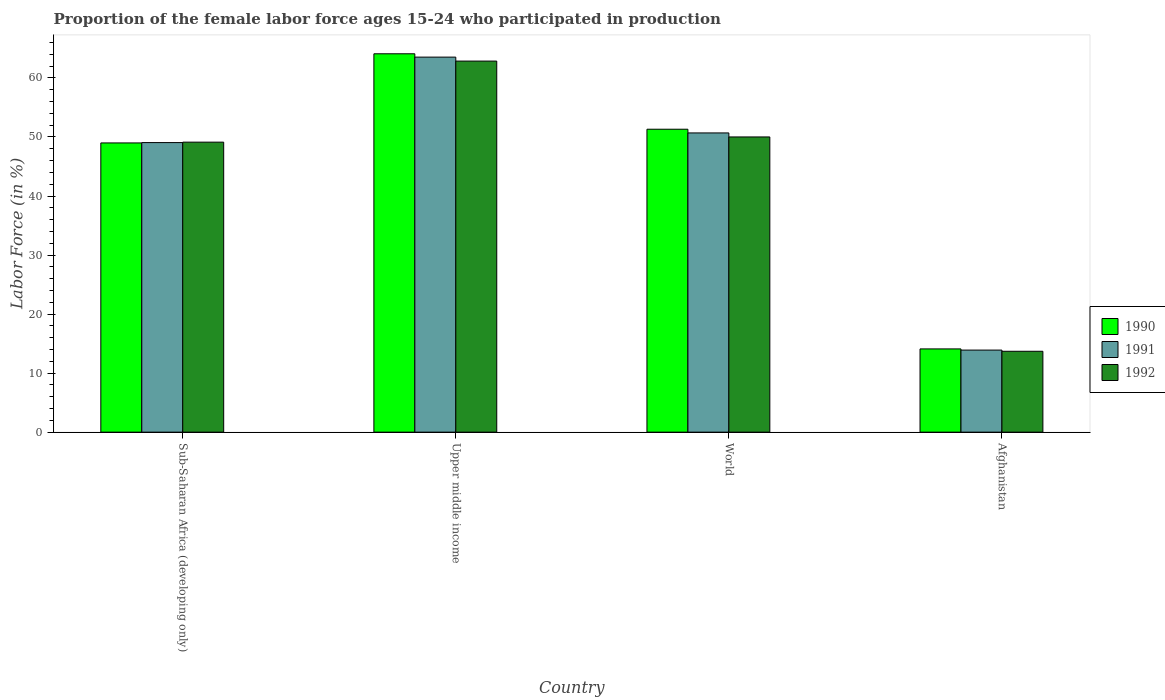
| Country | 1990 | 1991 | 1992 |
 | --- | --- | --- | --- |
 | Sub-Saharan Africa (developing only) | 49 | 49 | 49.1 |
 | Upper middle income | 64.1 | 63.5 | 62.9 |
 | World | 51.3 | 50.7 | 50 |
 | Afghanistan | 14.1 | 13.9 | 13.7 |